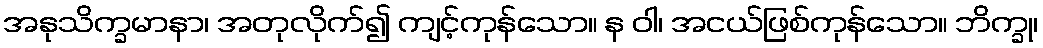
အနုသိက္ခမာနာ၊ အတုလိုက်၍ ကျင့်ကုန်သော။ န ဝါ၊ အငယ်ဖြစ်ကုန်သော။ ဘိက္ခု၊